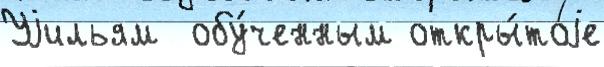
Уjильям  обу́ченным откры́тоjе